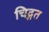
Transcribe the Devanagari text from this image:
चिद्गत